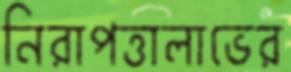
নিরাপত্তালাভের